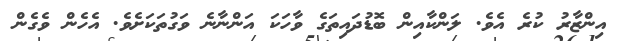
އިންޒާރު ކުރެ އެވެ. ލަންކާއިން ބޮޑުދައިތަގެ ވާހަކަ އަންނާނެ ވަގުތަކަށެވެ. އެހެން ވެގެން